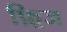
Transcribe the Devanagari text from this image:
फ़्रिज